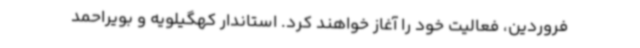
فروردین، فعالیت‌ خود را آغاز خواهند کرد. استاندار کهگیلویه و بویراحمد